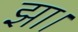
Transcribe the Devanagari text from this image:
झा।